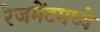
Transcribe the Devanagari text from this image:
रेजमेंटमध्ये